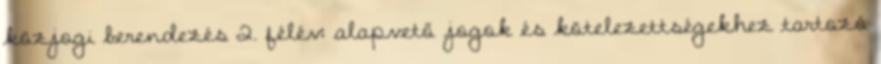
közjogi berendezés 2. félév: alapvető jogok és kötelezettségekhez tartozó